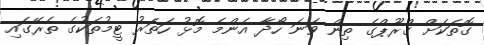
ގޮތަކަށް ގްރޫޕްގެ ތިން ވަނަ ހޯދާ އެންމެ މޮޅު ހަތަރު ޓީމުތަކުގެ ތެރޭގައި